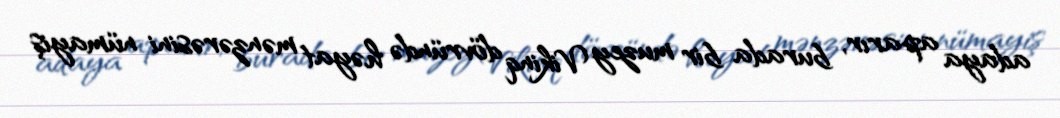
adaya aparır, burada bir muzey Vikinq dövründə həyat mənzərəsini nümayiş